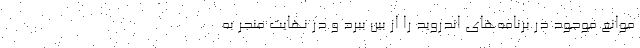
موانع موجود در برنامه‌های اندروید را از بین ببرد و در نهایت منجر به